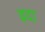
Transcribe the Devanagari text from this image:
इदा